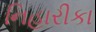
નિહારીકા